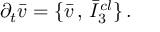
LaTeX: \partial _ { t } \bar { v } = \{ \bar { v } \, , \, \bar { I } _ { 3 } ^ { c l } \} \, .